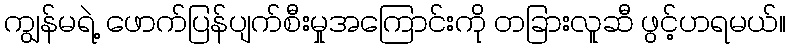
ကျွန်မရဲ့ ဖောက်ပြန်ပျက်စီးမှုအကြောင်းကို တခြားလူဆီ ဖွင့်ဟရမယ်။